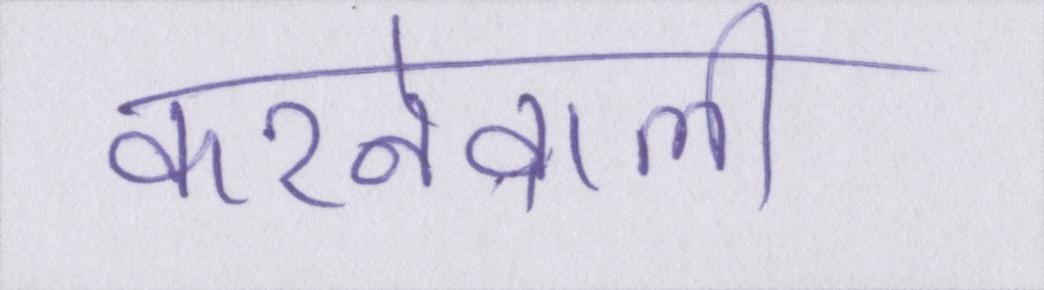
करनेवाली